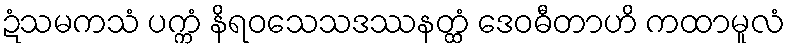
ဍံသမကသံ ပက္ကံ နိရဝသေသဒဿနတ္ထံ ဒေဝဓီတာဟိ ကထာမူလံ